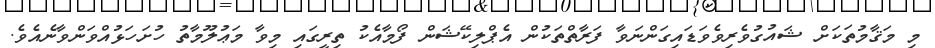
މި މަޤާމުތަކަށް ޝައުގުވެރިވެވަޑައިގަންނަވާ ފަރާތްތަކުން އެޕްލިކޭޝަން ފޯމާއެކު ތިރީގައި މިވާ މަޢުލޫމާތު ހުށަހަޅުއްވަންވާނެއެވެ.